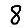
Digit: 8